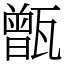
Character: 甑